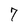
Character: 7